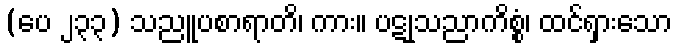
(ပေ ၂၃၃) သညူပစာရာတိ၊ ကား။ ပဋုသညာကိစ္စံ၊ ထင်ရှားသော